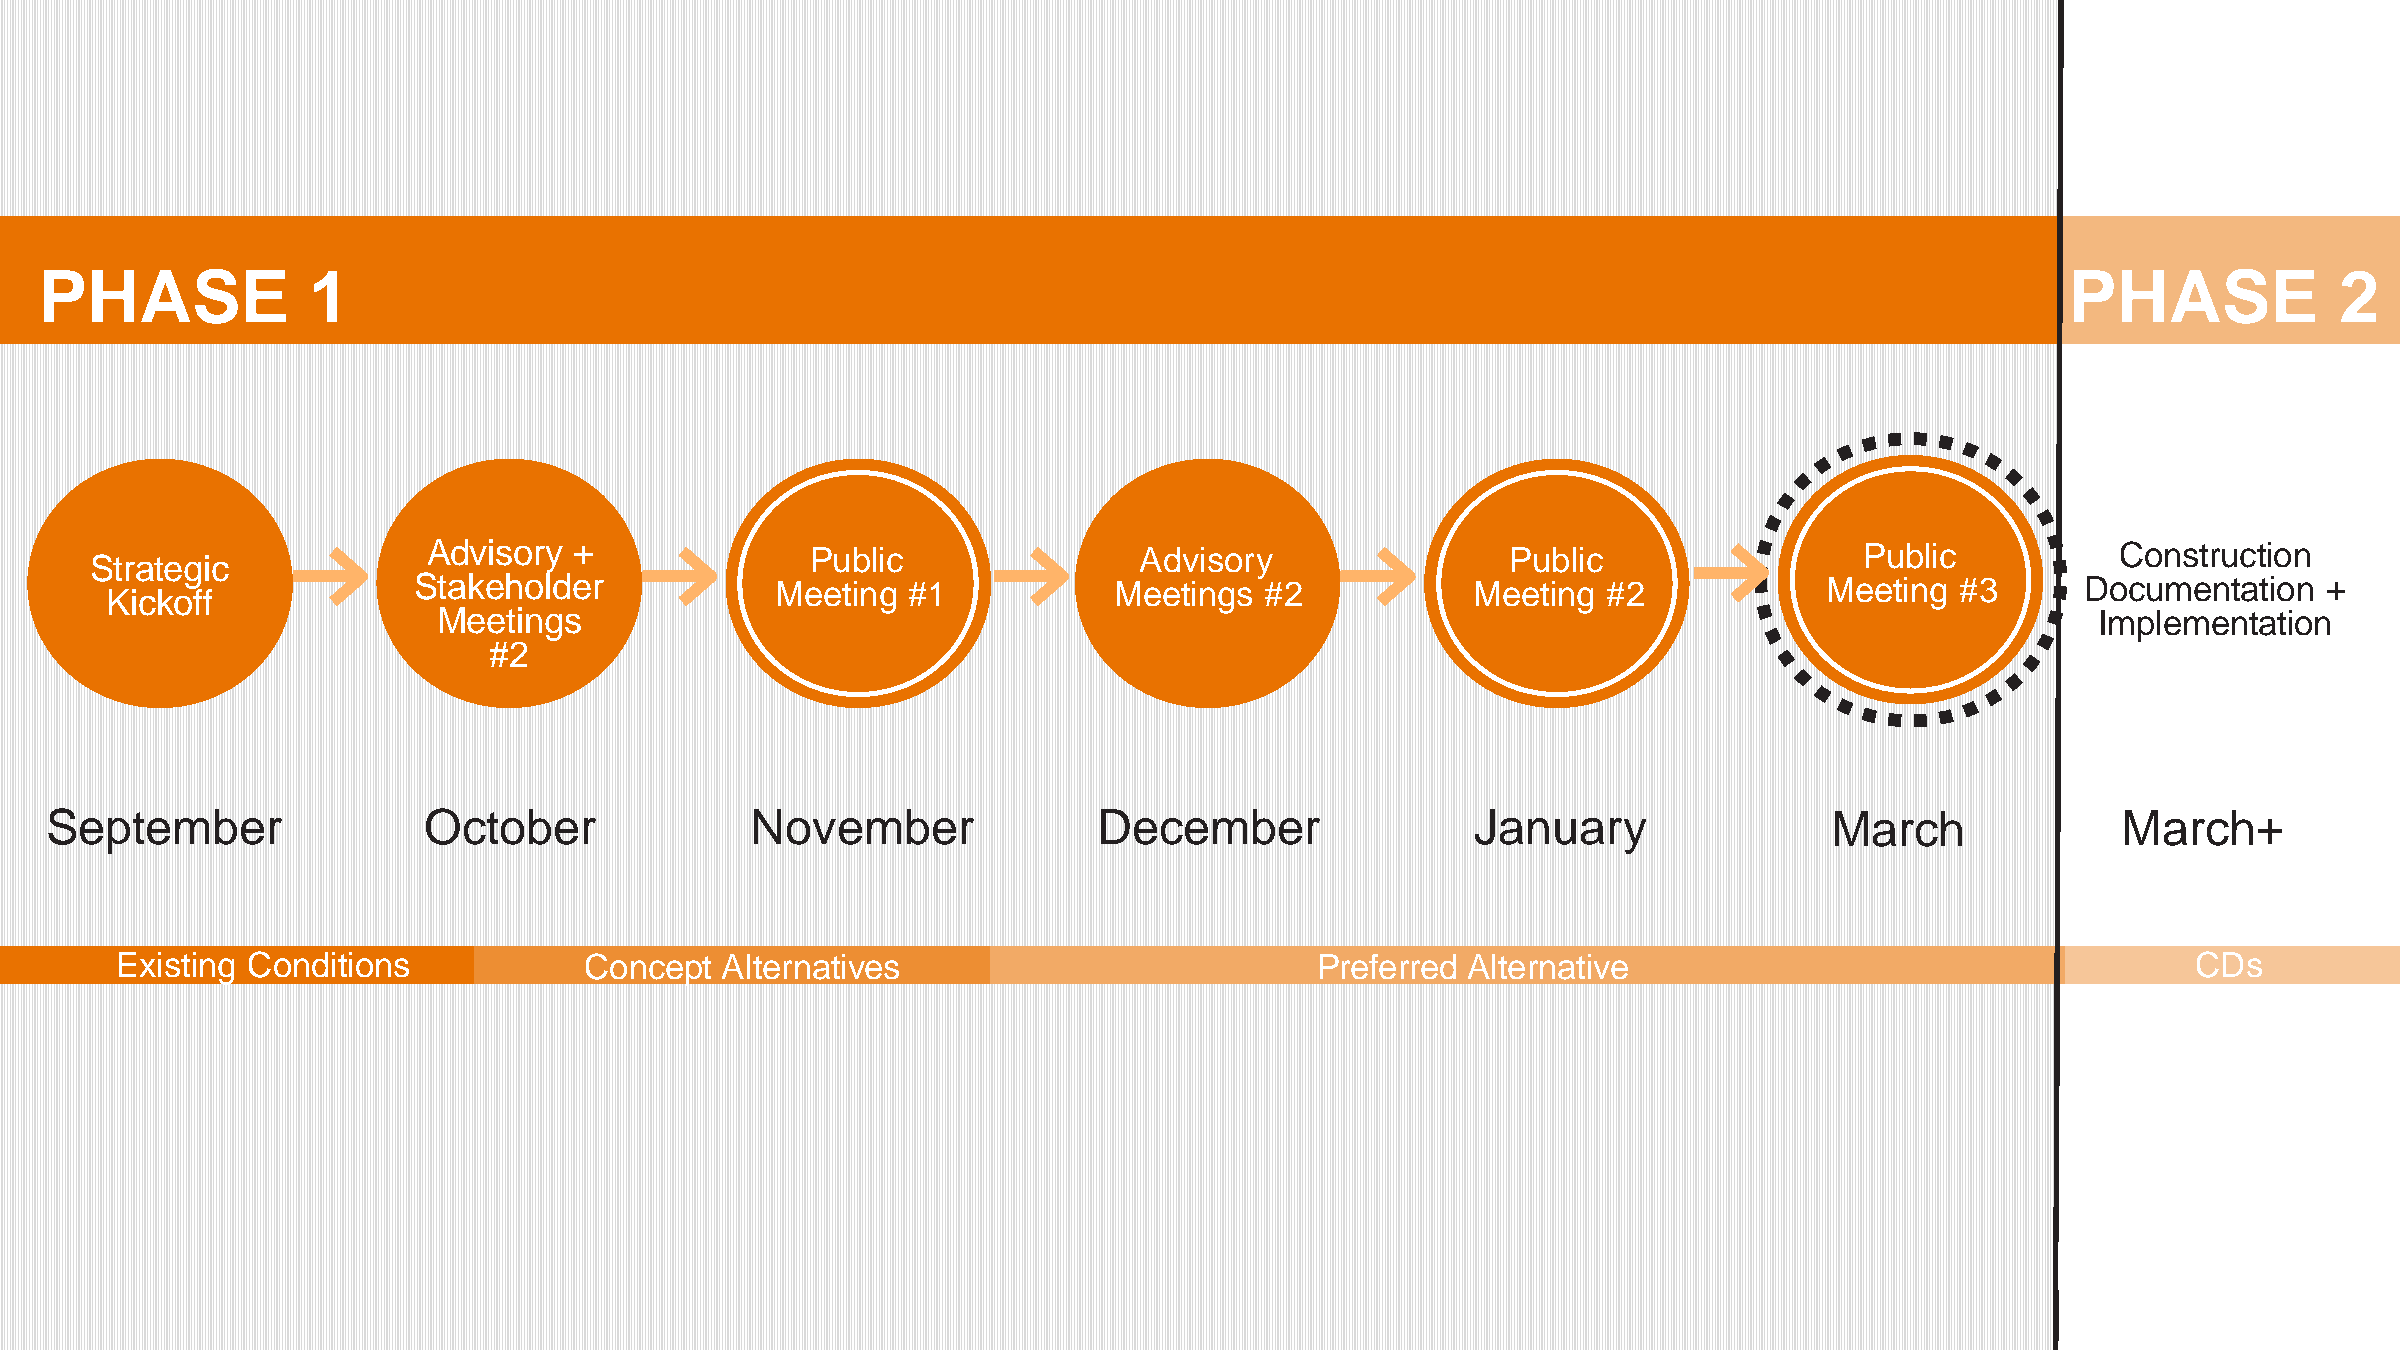
PHASE            1                                                                                                                    PHASE             2
 Advisory  +               Public               Advisory                 Public                 Public           Construction
 Strategic
 Stakeholder             Meeting  #1            Meetings  #2            Meeting #2             Meeting  #3      Documentation   +
 Kickoff
 Meetings                                                                                                      Implementation
 #2
 September                October               November               December                 January                March              March+
 Existing Conditions            Concept  Alternatives                           Preferred Alternative                                     CDs